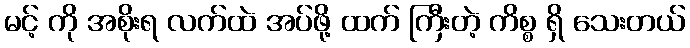
မင့် ကို အစိုးရ လက်ထဲ အပ်ဖို့ ထက် ကြီးတဲ့ ကိစ္စ ရှိ သေးတယ်